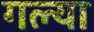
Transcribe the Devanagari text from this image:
गल्या